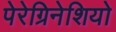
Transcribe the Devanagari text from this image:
पेरेग्रिनेशियो